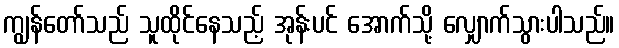
ကျွန်တော်သည် သူထိုင်နေသည့် အုန်းပင် အောက်သို့ လျှောက်သွားပါသည်။